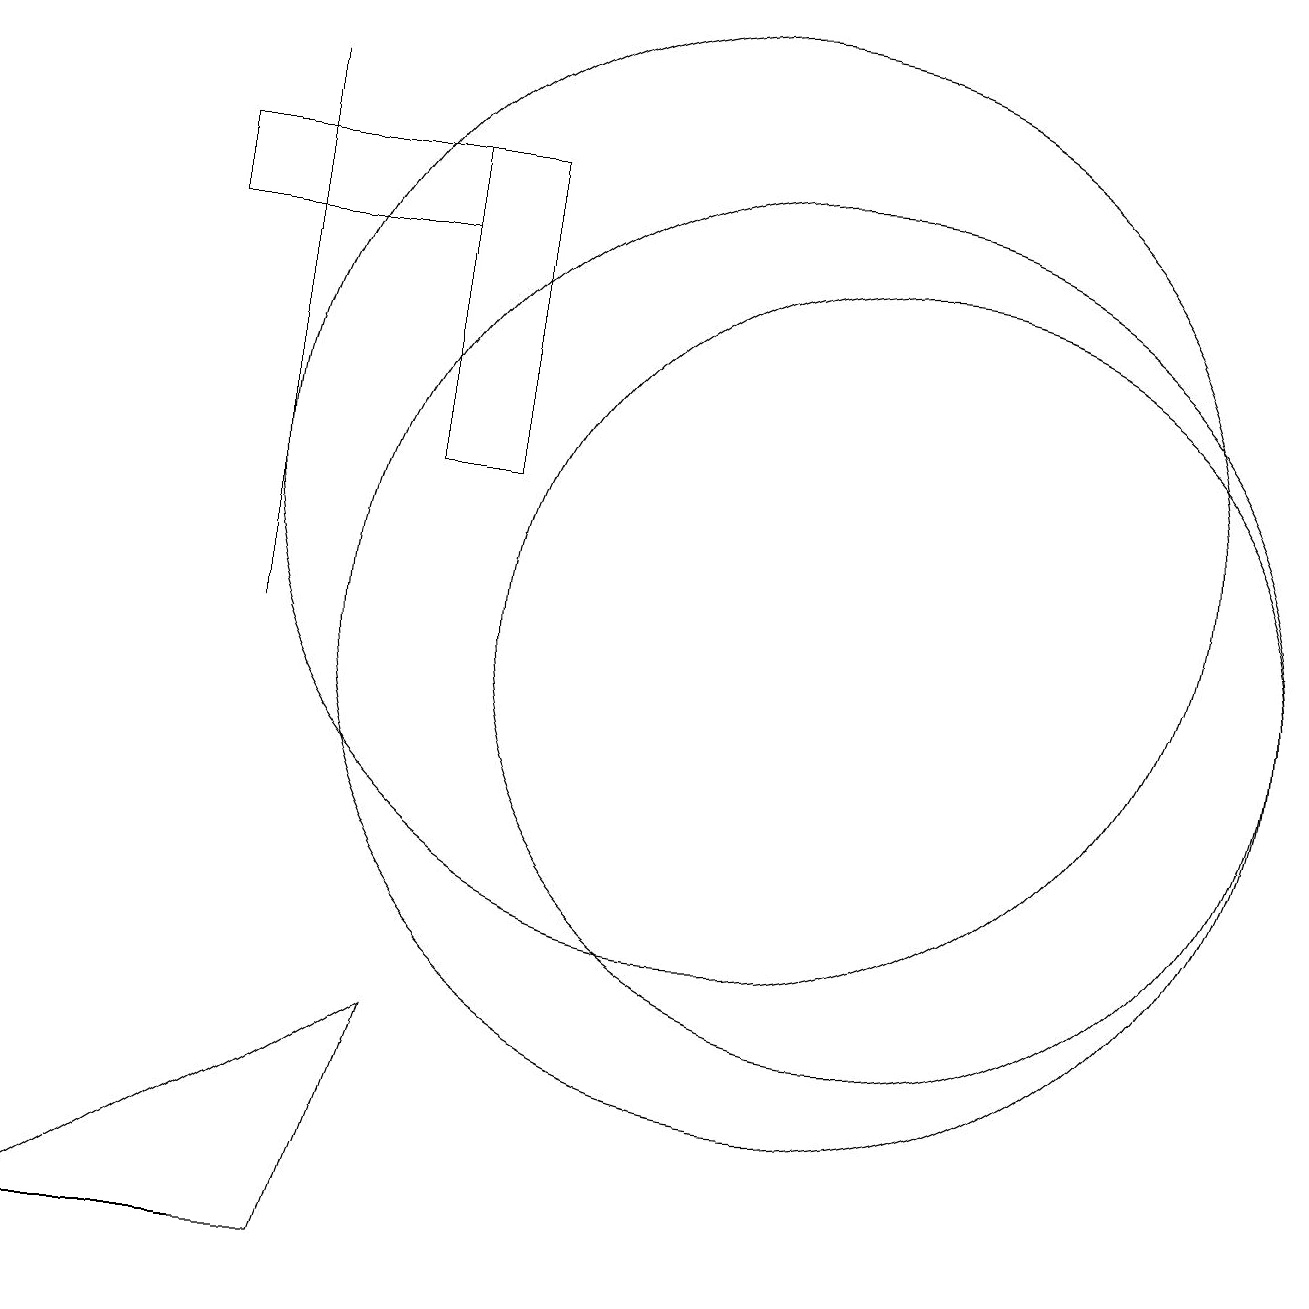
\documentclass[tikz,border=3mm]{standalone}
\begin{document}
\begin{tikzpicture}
\draw (6,16) rectangle (3,15);
\draw (7,16) rectangle (6,12);
\draw (1,2) -- (5,2) -- (6,5) -- cycle;
\draw (1,2) -- (3,2) -- (4,2) -- cycle;
\draw (12,10) circle (5);
\draw (11,10) circle (6);
\draw (10,12) circle (6);
\draw (4,17) rectangle (4,10);
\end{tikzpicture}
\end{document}